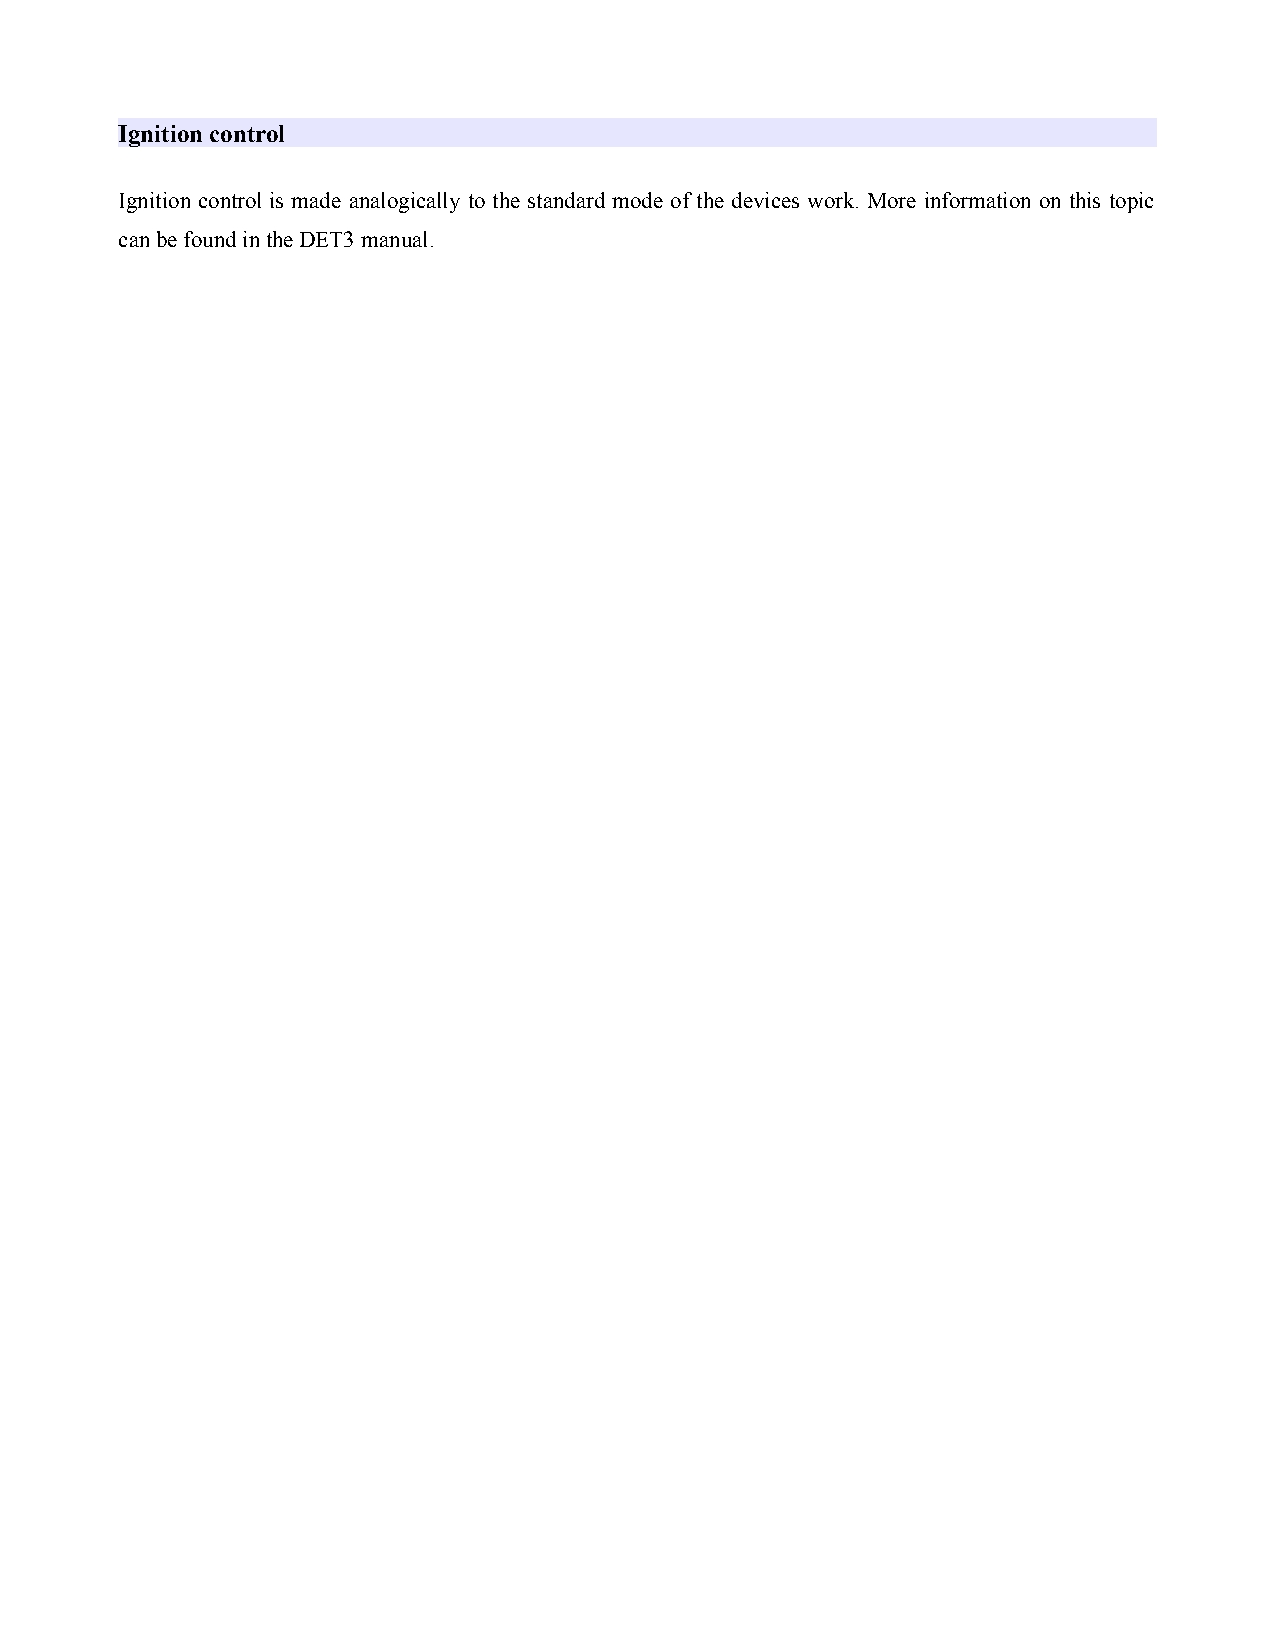
Ignition control
 Ignition control is made analogically to the standard mode of the devices work. More information on this topic
 can be found in the DET3 manual.